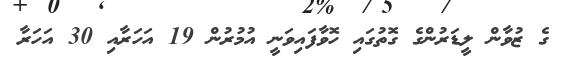
ގެ ޒުވާން ލީޑަރުންގެ ގޮތުގައި ހޮވާފައިވަނީ އުމުރުން 19 އަހަރާއި 30 އަހަރާ